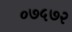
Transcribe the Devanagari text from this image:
०७५७२